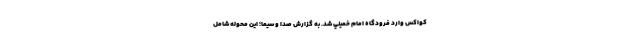
کواکس وارد فرودگاه امام خميني شد. به گزارش صدا و سیما؛ این محوله شامل